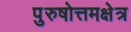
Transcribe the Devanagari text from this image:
पुरुषोत्तमक्षेत्र